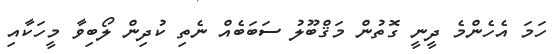
ހަމަ އެހެންމެ ދީނީ ގޮތުން މަޤްބޫލު ސަބަބެއް ނެތި ކުދިން ލޯބިވާ މީހަކާއި